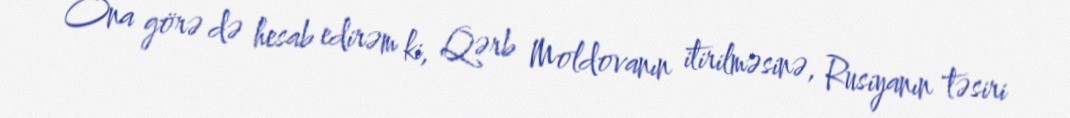
Ona görə də hesab edirəm ki, Qərb Moldovanın itirilməsinə, Rusiyanın təsiri